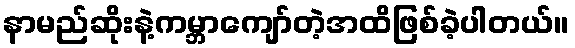
နာမည်ဆိုးနဲ့ကမ္ဘာကျော်တဲ့အထိဖြစ်ခဲ့ပါတယ်။